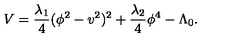
V = { \frac { \lambda _ { 1 } } { 4 } } ( \phi ^ { 2 } - v ^ { 2 } ) ^ { 2 } + { \frac { \lambda _ { 2 } } { 4 } } \phi ^ { 4 } - \Lambda _ { 0 } .